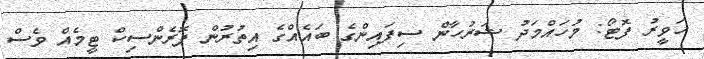
ހަވީރު ފޮޓޯ: މުހައްމަދު ޝަރުހާން ސިފައިންގެ ބައެއްގެ އިތުރުން ފޮރެންސިކް ޓީމެއް ވެސް